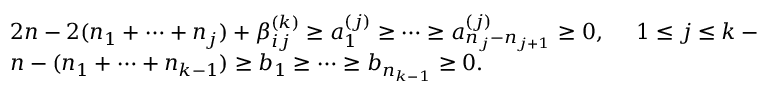
\begin{array} { l } { { 2 n - 2 ( n _ { 1 } + \cdots + n _ { j } ) + \beta _ { i j } ^ { ( k ) } \geq a _ { 1 } ^ { ( j ) } \geq \cdots \geq a _ { n _ { j } - n _ { j + 1 } } ^ { ( j ) } \geq 0 , ~ ~ ~ ~ 1 \leq j \leq k - 2 , } } \\ { { n - ( n _ { 1 } + \cdots + n _ { k - 1 } ) \geq b _ { 1 } \geq \cdots \geq b _ { n _ { k - 1 } } \geq 0 . } } \end{array}